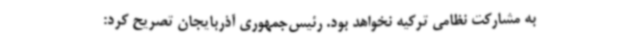
به مشارکت نظامی ترکیه نخواهد بود. رئیس‌جمهوری آذربایجان تصریح کرد: